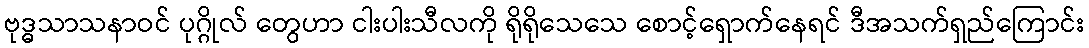
ဗုဒ္ဓသာသနာဝင် ပုဂ္ဂိုလ် တွေဟာ ငါးပါးသီလကို ရိုရိုသေသေ စောင့်ရှောက်နေရင် ဒီအသက်ရှည်ကြောင်း